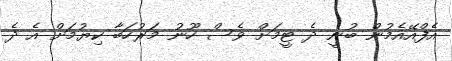
އެފްއޭއެމުން ބުނީ ދެ ޓީމަށް ވެސް ހޫނު މަރުހަބާ ކިޔުމަށް އެ ދެ